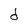
Character: d